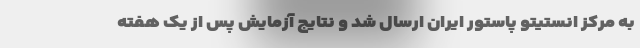
به مرکز انستیتو پاستور ایران ارسال شد و نتایج آزمایش پس از یک هفته